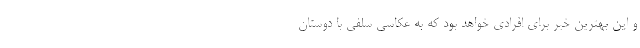
و این بهترین خبر برای افرادی خواهد بود که به عکاسی سلفی با دوستان